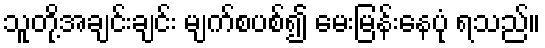
သူတို့အချင်းချင်း မျက်စပစ်၍ မေးမြန်းနေပုံ ရသည်။